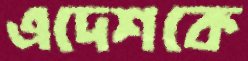
এদেশকে